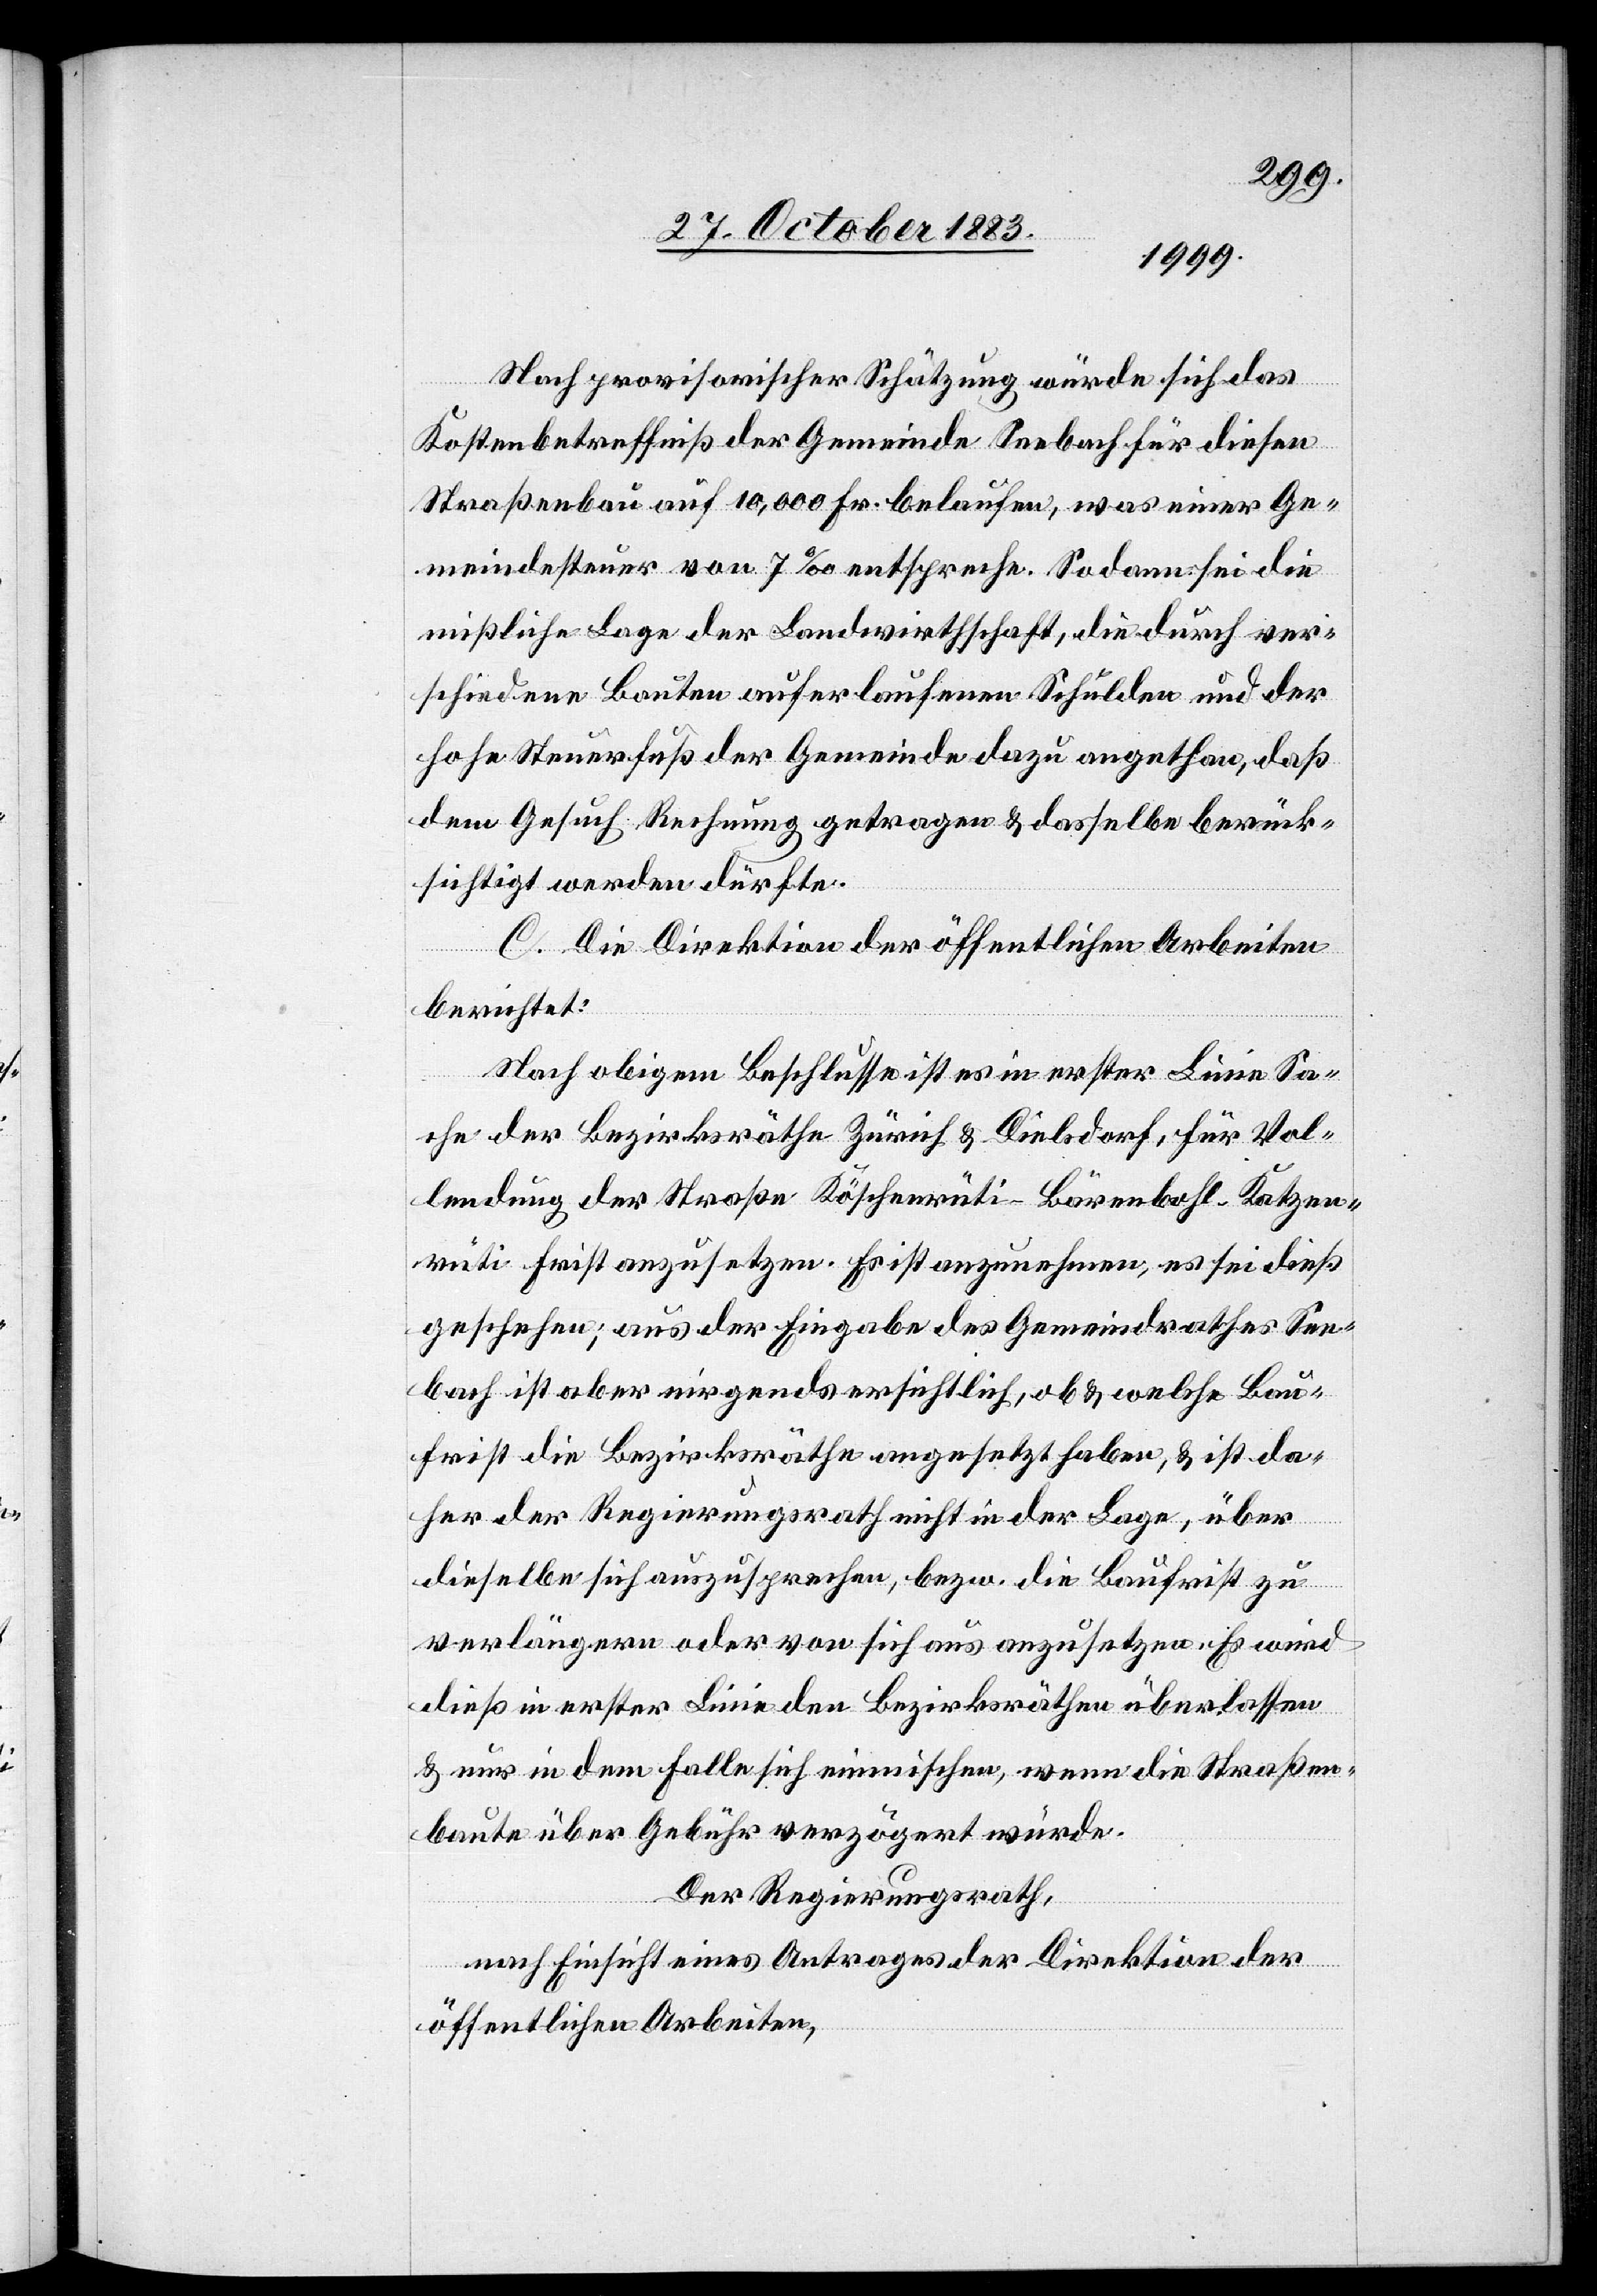
Nach provisorischer Schätzung würde sich das
Kostenbetreffniß der Gemeinde Seebach für diese
Straßenbau auf 10,000 Fr. belaufen, was einer Ge¬
meindesteuer von 7‰ entspreche. Sodann sei die
mißliche Lage der Landwirthschaft, die durch ver¬
schiedene Bauten auferlaufenen Schulden und der
hohe Steuerfuß der Gemeinde dazu angethan, daß
dem Gesuch Rechnung getragen & dasselbe berück¬
sichtigt werden dürfte.
C. Die Direktion der öffentlichen Arbeiten
berichtet:
Nach obigem Beschlusse ist es in erster Linie Sa¬
che der Bezirksräthe Zürich & Dielsdorf, für Vol¬
lendung der Straße Köschenrüti–Bärenbohl–Katzen¬
rüti Frist anzusetzen. Es ist anzunehmen, es sei dieß
geschehen; aus der Eingabe des Gemeindrathes See¬
bach ist aber nirgends ersichtlich, ob & welche Bau¬
frist die Bezirksräthe angesetzt haben, & ist da¬
her der Regierungsrath nicht in der Lage, über
dieselbe sich auszusprechen, bezw. die Baufrist zu
verlängern oder von sich aus anzusetzen. Es wird
dieß in erster Linie den Bezirksräthen überlassen
& nur in dem Falle sich einmischen, wenn die Straßen¬
baute über Gebühr verzögert würde.
Der Regierungsrath,
nach Einsicht eines Antrages der Direktion der
öffentlichen Arbeiten,